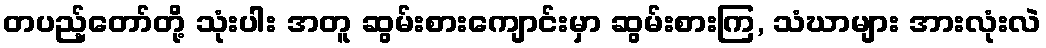
တပည့်တော်တို့ သုံးပါး အတူ ဆွမ်းစားကျောင်းမှာ ဆွမ်းစားကြ, သံဃာများ အားလုံးလဲ